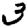
Digit: 3